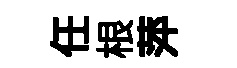
任根萍